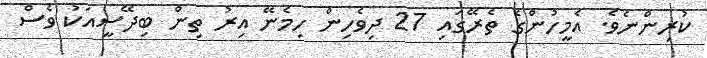
ކުރިންނެވެ. އެމީހުންގެ ތެރޭގައި 27 ދިވެހިން ހިމެނޭ އިރު ތިން ބިދޭސީއަކު ވެސް